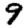
Digit: 9